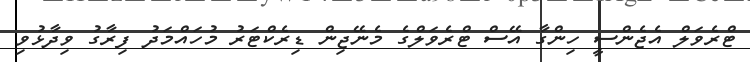
ޓްރެވަލް އެޖެންސީ ހިންގާ އޭސް ޓްރެވަލްގެ މެނޭޖިން ޑިރެކްޓަރު މުހައްމަދު ފިރާގު ވިދާޅުވި